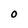
Character: O